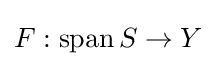
F:\operatorname {span} S\to Y